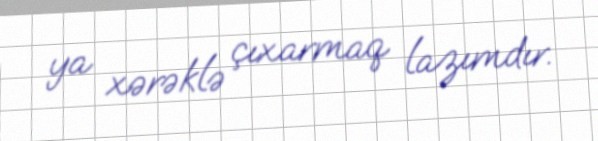
ya xərəklə çıxarmaq lazımdır.